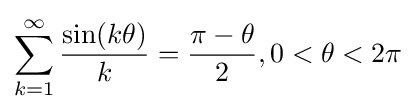
\sum _{k=1}^{\infty }{\frac {\sin(k\theta )}{k}}={\frac {\pi -\theta }{2}},0<\theta <2\pi